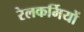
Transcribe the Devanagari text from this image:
रेलकर्मियों